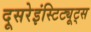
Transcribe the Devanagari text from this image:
दूसरेइंस्टिट्यूट्स